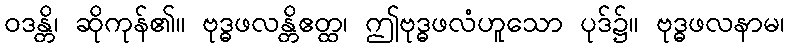
ဝဒန္တိ၊ ဆိုကုန်၏။ ဗုဒ္ဓဖလန္တိဧတ္ထ၊ ဤဗုဒ္ဓဖလံဟူသော ပုဒ်၌။ ဗုဒ္ဓဖလနာမ၊